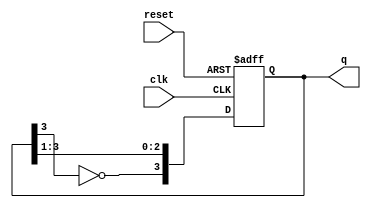
module JohnsonCounter #(
    parameter N = 4  // Parameter for the number of bits in the counter
) (
    input wire clk,      // Clock signal
    input wire reset,    // Asynchronous reset signal
    output reg [N-1:0] q // Output state of the counter
);

// Internal signal for the inverted output of the last flip-flop
wire inverted_ff_last;

// Assign the inverted output of the last flip-flop
assign inverted_ff_last = ~q[N-1];

// Always block for the Johnson counter
always @(posedge clk or posedge reset) begin
    if (reset) begin
        // Asynchronous reset: Set all flip-flops to 0
        q <= {N{1'b0}};
    end else begin
        // Shift the counter state
        q <= {inverted_ff_last, q[N-1:1]};
    end
end

endmodule